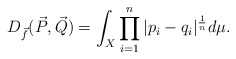
\begin{align*} D_{\vec f}(\vec P, \vec Q)= \int_{X} \prod_{i=1}^{n} | p_i - q_i |^{\frac{1}{n}} d\mu.\end{align*}